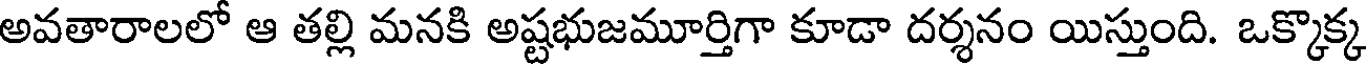
అవతారాలలో ఆ తల్లి మనకి అష్టభుజమూర్తిగా కూడా దర్శనం యిస్తుంది. ఒక్కొక్క